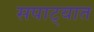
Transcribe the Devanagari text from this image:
सपाट्यात